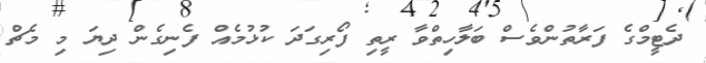
ދެޓީމްގެ ފަރާތުންވެސް ބަލާހިތްވާ ރީތި ފޯރިގަދަ ކުޅުމެއް ފެނިގެން ދިޔަ މި މެޗް